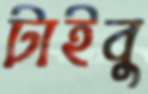
টাইবু